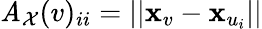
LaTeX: \mathit{A}_{\mathcal{{X}}}(v)_{ii}=||\mathbf{{x}}_{v}-\mathbf{{x}}_{u_{i}}||